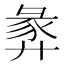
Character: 𢍝